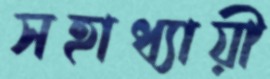
সহাধ্যায়ী